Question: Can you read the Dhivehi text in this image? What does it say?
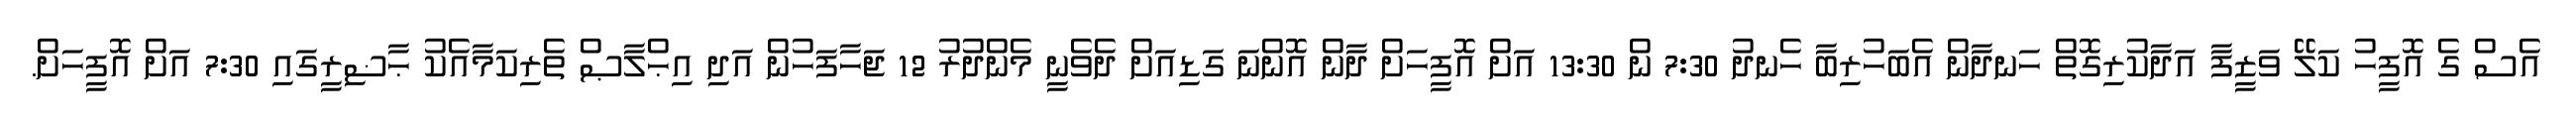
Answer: އެސް ގެ އޮފީހު ކަލޭ ވަޒީފާ އަދާކުރިގޮތް ހަނދާން އެބަހުރިބާ ހެނދު 7:30 ން 13:30 އަށް އޮފީހަށް ދާން އޮންނަ ގަޑިއަށް ދެވެނީ މެންދުރު 12 ޖަހާފަހުން އަދި އިޙްލާޞް ތެރިކަމާއެކު ޙާޟިރީގައި 7:30 އަށް އޮފީހަށް.